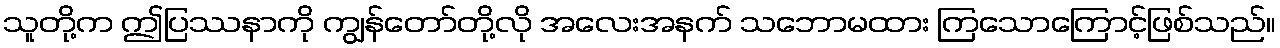
သူတို့က ဤပြဿနာကို ကျွန်တော်တို့လို အလေးအနက် သဘောမထား ကြသောကြောင့်ဖြစ်သည်။